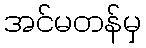
အင်မတန်မှ